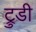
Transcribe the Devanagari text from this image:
ट्रुडी